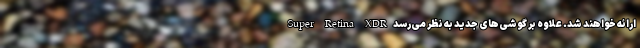
Super Retina XDR ارائه خواهند شد. علاوه بر گوشی‌های جدید به نظر می‌رسد